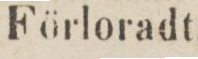
Förloradt.